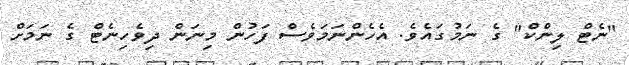
"ނެޓް ލިންކް" ގެ ނަމުގައެވެ. އެހެންނަމަވެސް ފަހުން މިނަން ދިވެހިނެޓް ގެ ނަމަށް